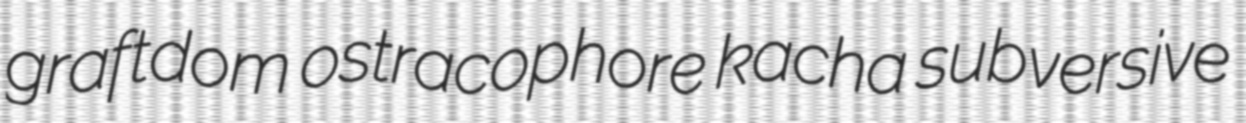
graftdom ostracophore kacha subversive